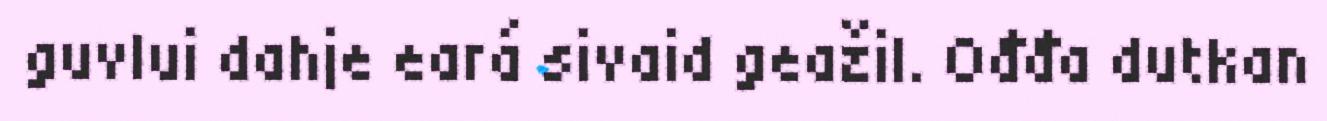
guvlui dahje eará sivaid geažil. Ođđa dutkan